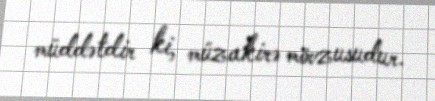
müddətdir ki, müzakirə mövzusudur.